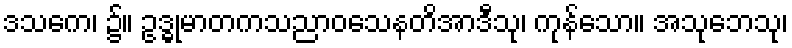
ဒသကေ၊ ၌။ ဥဒ္ဓုမာတကသညာဝသေနတိအာဒီသု၊ ကုန်သော။ အသုဘေသု၊